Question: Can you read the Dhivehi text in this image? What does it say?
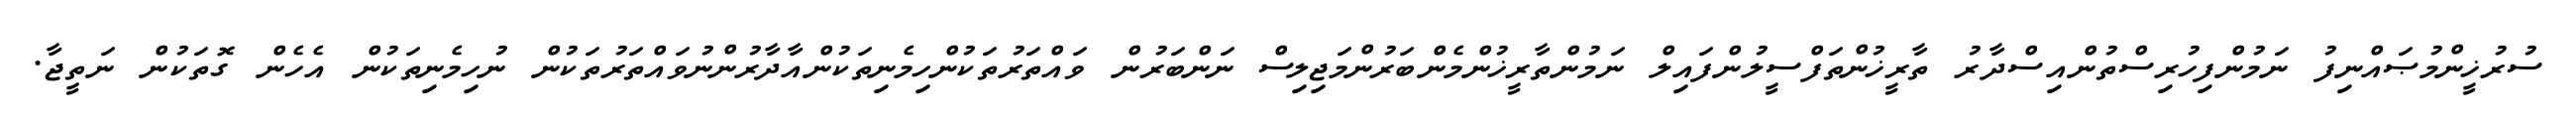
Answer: ސުރުޚީންމުޞައްނިފު ނަމުންފިހުރިސްތުންއިސްދާރު ތާރީޚުންތަފްސީލުންފައިލް ނަމުންތާރީޚުންމެންބަރުންމަޖިލިސް ނަންބަރުން ވައްތަރުތަކުންހިމެނިތަކުންއާދާރުންނުވައްތަރުތަކުން ނުހިމެނިތަކުން އެހެން ގޮތަކުން ނަތީޖާ.